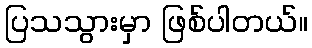
ပြသသွားမှာ ဖြစ်ပါတယ်။